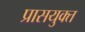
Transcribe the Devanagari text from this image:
प्रासयुक्त